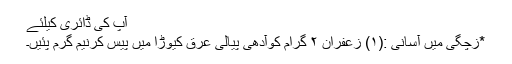
آپ کی ڈائری کیلئے
*زچگی میں آسانی :(۱) زعفران ۲ گرام کوآدھی پیالی عرق کیوڑا میں پیس کرنیم گرم پئیں۔